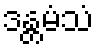
ဒန္တမံသံ